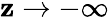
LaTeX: \mathbf{z}\to-\infty